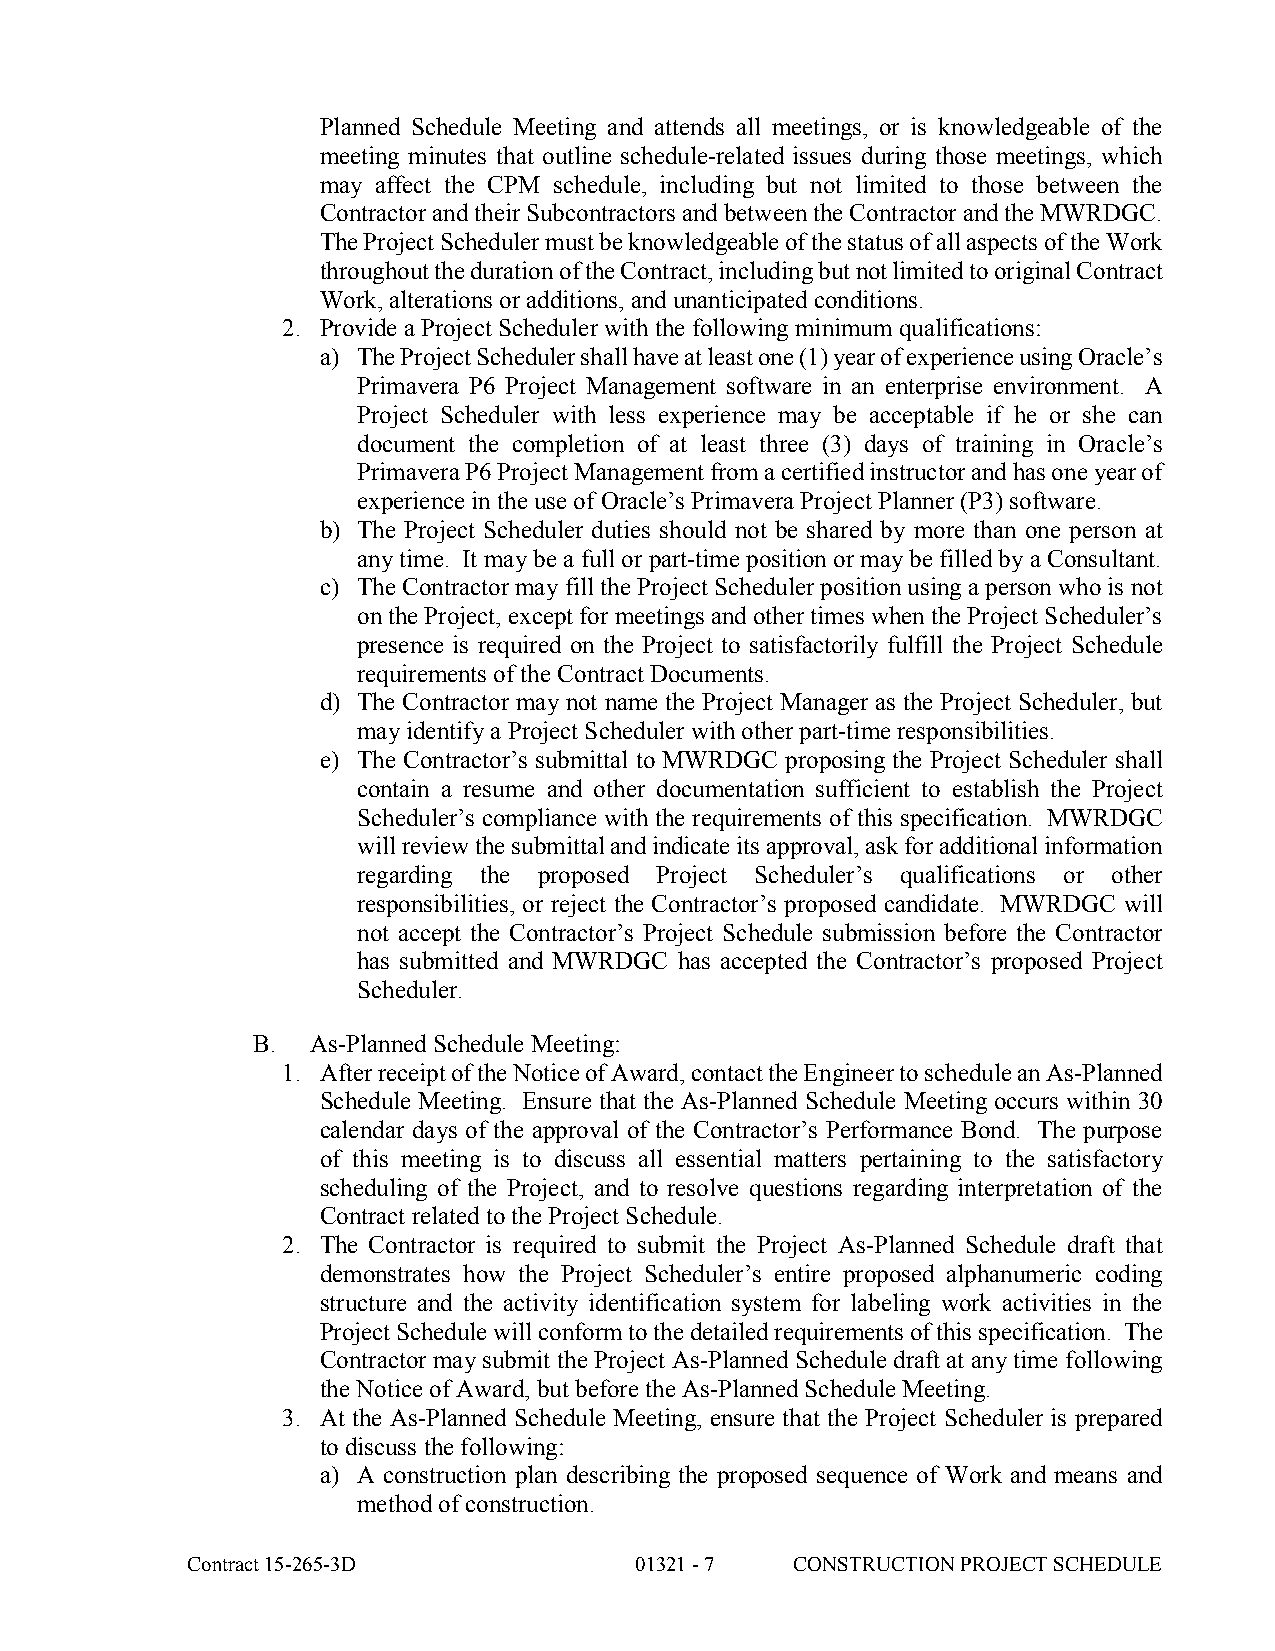
Planned Schedule Meeting and attends all meetings, or is knowledgeable of the
 meeting minutes that outline schedule-related issues during those meetings, which
 may affect the CPM schedule, including but not limited to those between the
 Contractor and their Subcontractors and between the Contractor and the MWRDGC.
 The Project Scheduler must be knowledgeable of the status of all aspects of the Work
 throughout the duration of the Contract, including but not limited to original Contract
 Work, alterations or additions, and unanticipated conditions.
 2. Provide a Project Scheduler with the following minimum qualifications:
 a) The Project Scheduler shall have at least one (1) year of experience using Oracle’s
 Primavera P6 Project Management software in an enterprise environment. A
 Project Scheduler with less experience may be acceptable if he or she can
 document the completion of at least three (3) days of training in Oracle’s
 Primavera P6 Project Management from a certified instructor and has one year of
 experience in the use of Oracle’s Primavera Project Planner (P3) software.
 b) The Project Scheduler duties should not be shared by more than one person at
 any time. It may be a full or part-time position or may be filled by a Consultant.
 c) The Contractor may fill the Project Scheduler position using a person who is not
 on the Project, except for meetings and other times when the Project Scheduler’s
 presence is required on the Project to satisfactorily fulfill the Project Schedule
 requirements of the Contract Documents.
 d) The Contractor may not name the Project Manager as the Project Scheduler, but
 may identify a Project Scheduler with other part-time responsibilities.
 e) The Contractor’s submittal to MWRDGC proposing the Project Scheduler shall
 contain a resume and other documentation sufficient to establish the Project
 Scheduler’s compliance with the requirements of this specification. MWRDGC
 will review the submittal and indicate its approval, ask for additional information
 regarding the proposed Project Scheduler’s qualifications or other
 responsibilities, or reject the Contractor’s proposed candidate. MWRDGC will
 not accept the Contractor’s Project Schedule submission before the Contractor
 has submitted and MWRDGC has accepted the Contractor’s proposed Project
 Scheduler.
 B.  As-Planned Schedule Meeting:
 1. After receipt of the Notice of Award, contact the Engineer to schedule an As-Planned
 Schedule Meeting. Ensure that the As-Planned Schedule Meeting occurs within 30
 calendar days of the approval of the Contractor’s Performance Bond. The purpose
 of this meeting is to discuss all essential matters pertaining to the satisfactory
 scheduling of the Project, and to resolve questions regarding interpretation of the
 Contract related to the Project Schedule.
 2. The Contractor is required to submit the Project As-Planned Schedule draft that
 demonstrates how the Project Scheduler’s entire proposed alphanumeric coding
 structure and the activity identification system for labeling work activities in the
 Project Schedule will conform to the detailed requirements of this specification. The
 Contractor may submit the Project As-Planned Schedule draft at any time following
 the Notice of Award, but before the As-Planned Schedule Meeting.
 3. At the As-Planned Schedule Meeting, ensure that the Project Scheduler is prepared
 to discuss the following:
 a) A construction plan describing the proposed sequence of Work and means and
 method of construction.
 Contract 15-265-3D            01321 - 7  CONSTRUCTION PROJECT SCHEDULE